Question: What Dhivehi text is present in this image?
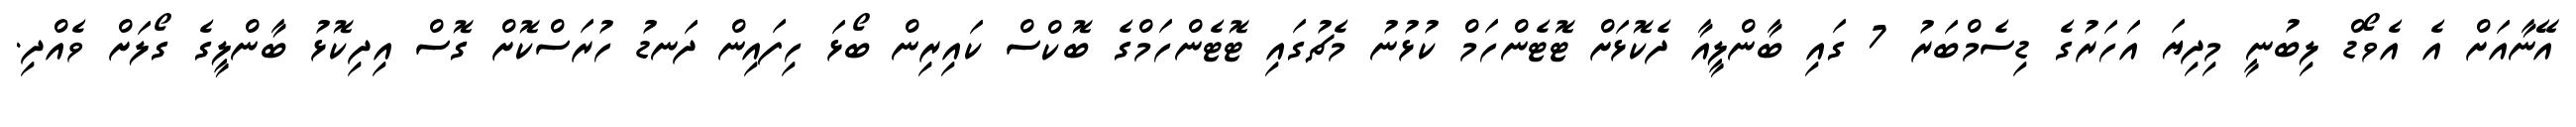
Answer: އޭނާއަށް އެ އެވޯޑް ލިބުނީ މިދިޔަ އަހަރުގެ ޑިސެމްބަރު 7 ގައި ބާންލީއާ ދެކޮޅަށް ޓޮޓެންހަމް ކުޅުނު މެޗުގައި ޓޮޓެންހަމްގެ ބޮކްސް ކައިރިން ބޯޅަ ހިފައިން ދަނޑު ހުރަސްކޮށް ގޮސް އިދިކޮޅު ބާންލީގެ ގޯލަށް ވެއްދި.